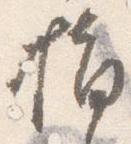
指